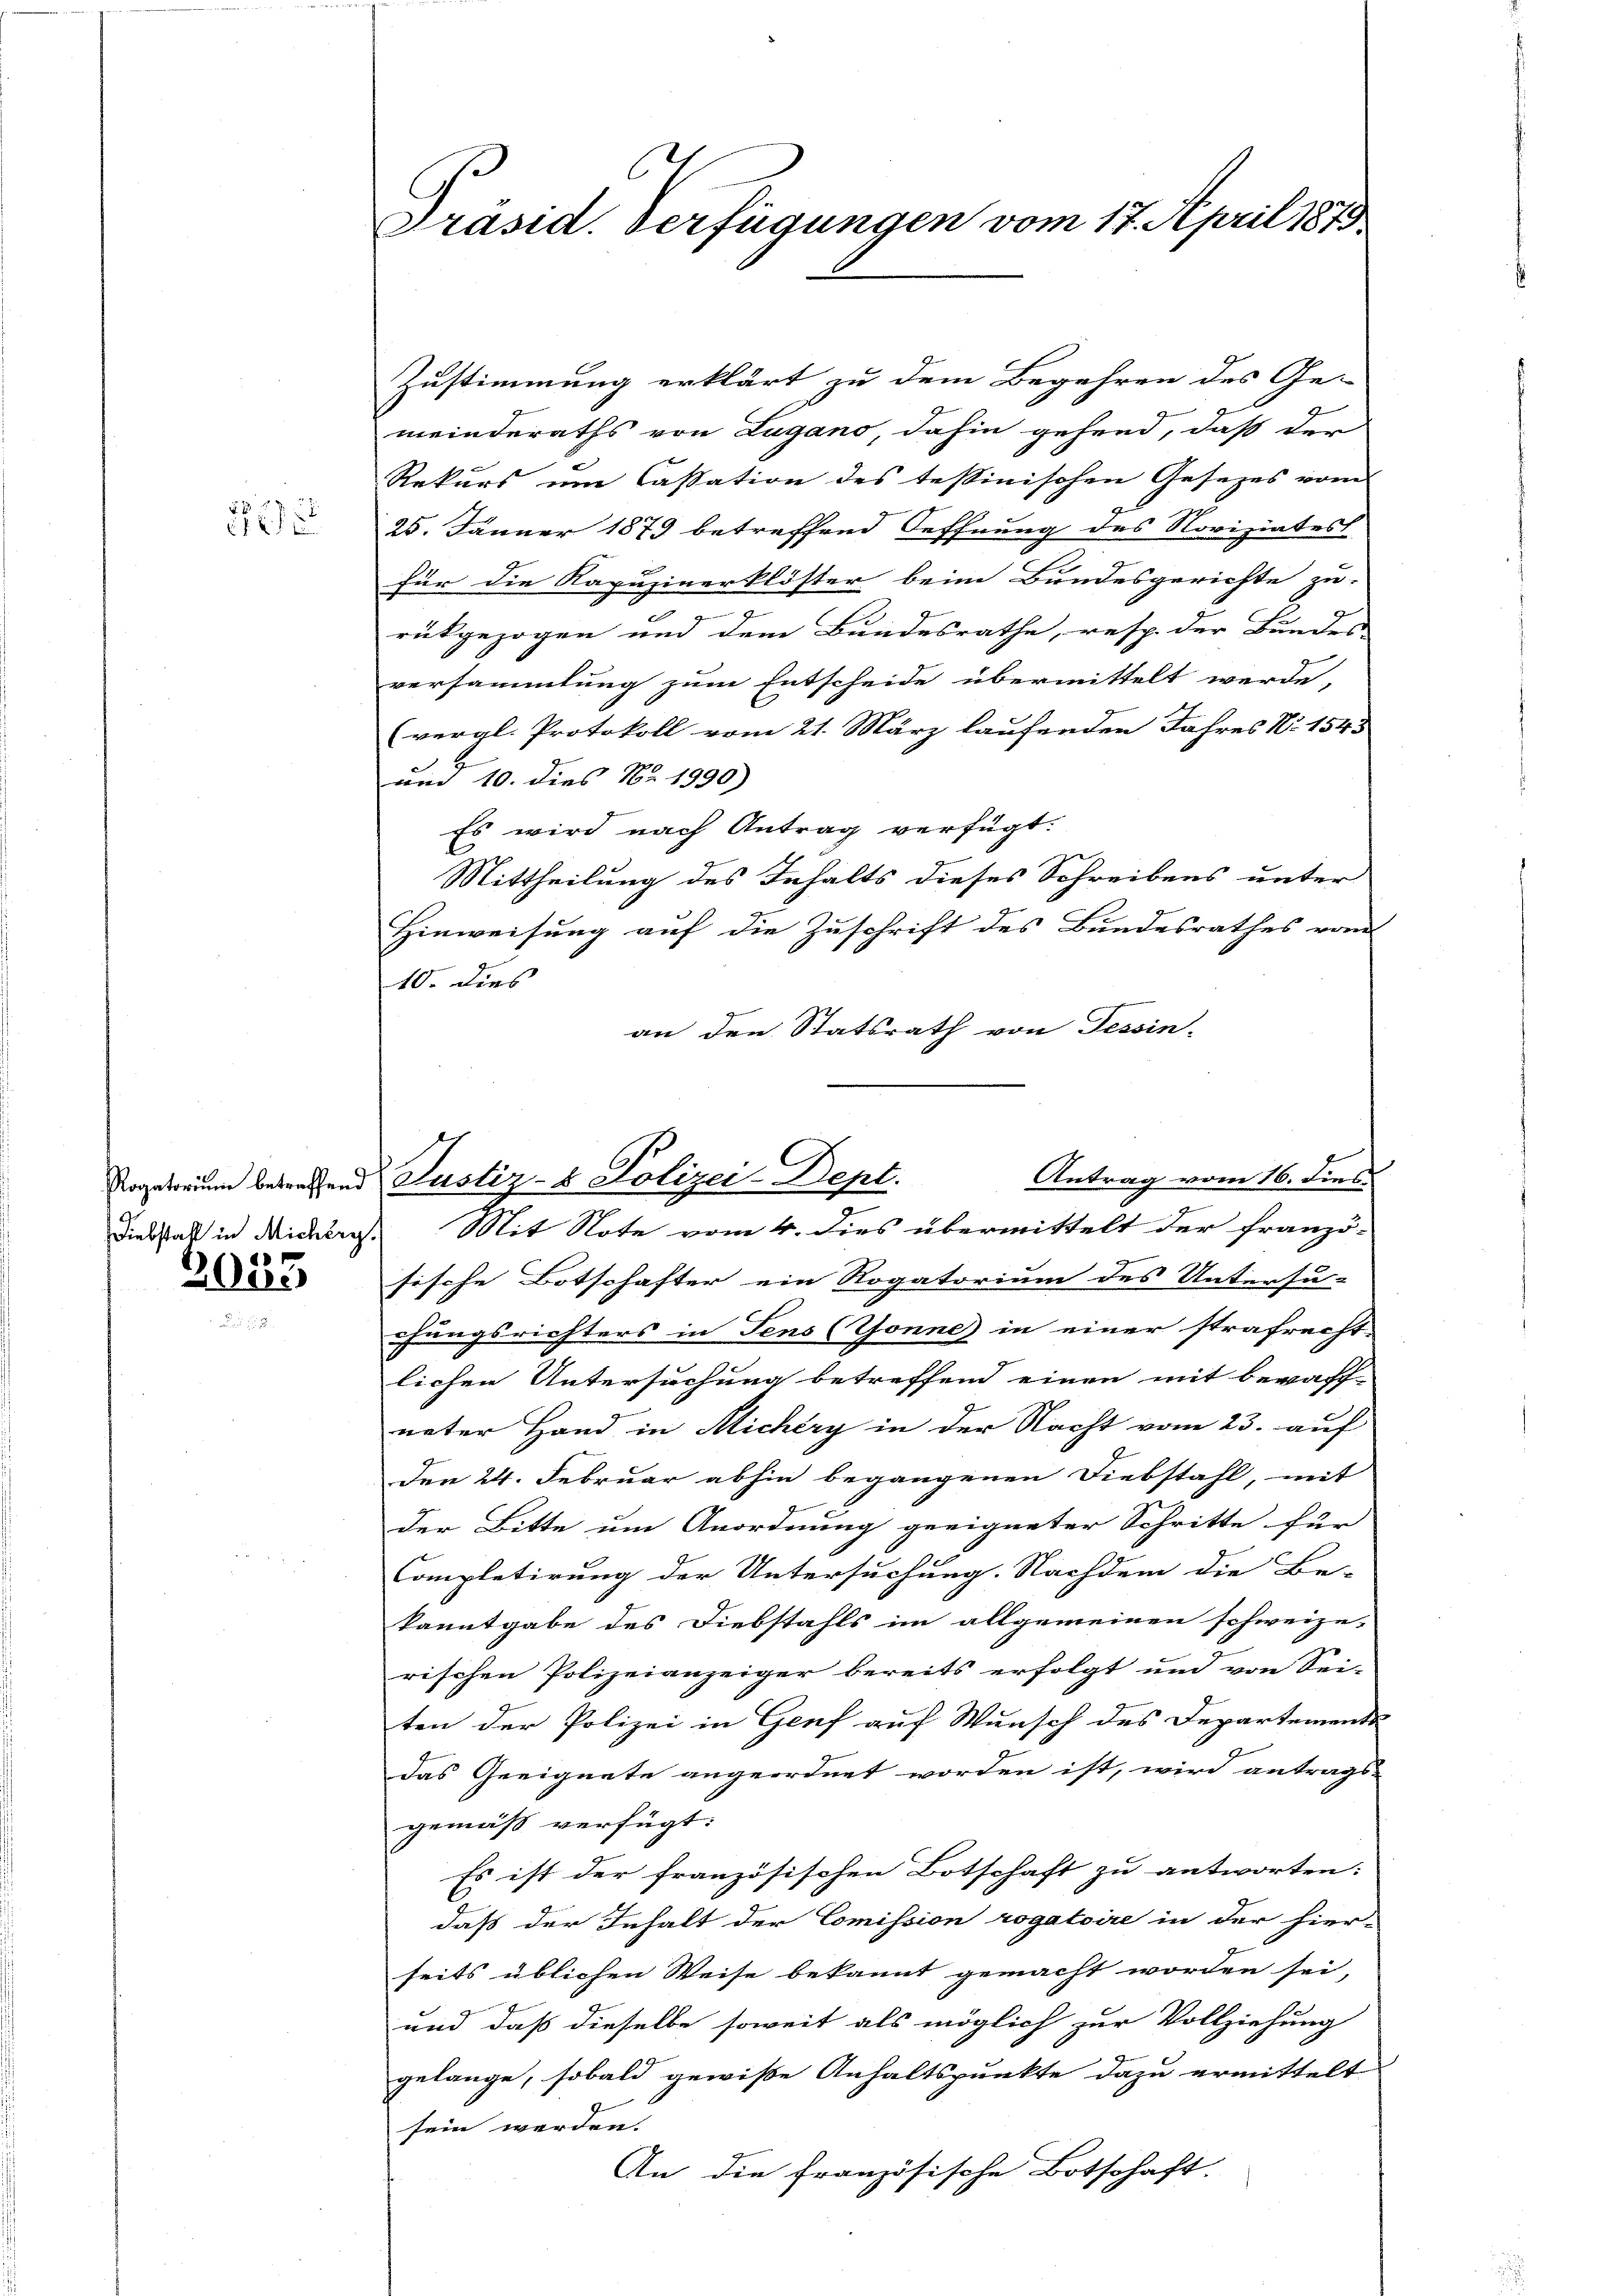
2

Diebstalt in Micherg
8

2000

Präsid. Verfügungen vom 17. April 1879

Zustimmung erklärt zu dem Begehren des Ge-
meinderaths von Lugano dahin gehend, daß der
Rekurs um Cassation des testinischen Gesezes vom
25. Jänner 1873 betreffend Oeffnung des Noviziates
für die Rapuzinerklöster beim Bundesgerichte zu-
i
rükgezogen und dem Bundesrathe, resp. der Bundes-
versammlung zum Entscheide übermittelt werde,
(vergl. Protokoll vom 21. März laufenden Jahres Nr. 1545
am 10. dies No. 1990)
Es wird nach Antrag verfügt:
l
Mittheilung des Inhalts dieses Schreibens unter
Hinweisung auf die Zuschrift des Bundesrathes vom
10. dies
an den Statsrath von Tessin-
sische Botschafter ein Rogatorium des Untersu-
chungsrichters in Sens (Gonne in einer strafrecht-
lichen Untersuchung betreffend einen mit bewaff-
neter Hand in Michery in der Nacht vom 23. auf
Den 24. Februar abhin begangenen Diebstahl, mit
der Bitte um Anordnung geeigneter Schritte für
Completirung der Untersuchung. Nachdem die Be-
kanntgabe des Diebstahls im allgemeinen schweize-
rischen Polizeianzeiger bereits erfolgt und von Sei-
ten der Polizei in Genf auf Wunsch des Departements
das Geeignete angeordnet worden ist, wird antrags-
gemäß verfügt:
Es ist der französischen Botschaft zu antworten:
daß der Inhalt der Commission rogatoire in der hier-
seits üblichen Weise bekannt gemacht worden sei,
und daß dieselbe soweit als möglich zur Vollziehung
gelange, sobald gewisse Anhaltspunkte dazu ermittelt
sein werden.
An die französische Botschaft.

Antrag vom 16. dies
Rogatorium betreffend Justiz- & Polizei-Dept.
Mit Note vom 4. dies übermittelt der franzö-